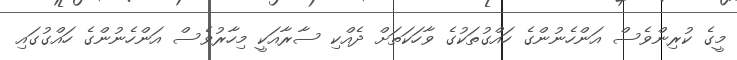
މީގެ ކުރިންވެސް އަންހެނުންގެ ހައްގުތަކުގެ ވާހަކަތަށް ދެއްކި ސާރާއަކީ މިހާރުވެސް އަންހެނުންގެ ހައްގުގައި